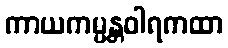
ကာယကမ္မန္တဝါရကထာ